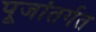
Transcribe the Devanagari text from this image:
पूजांतर्गत